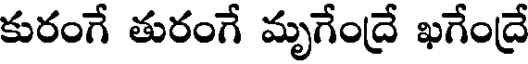
కురంగే తురంగే మృగేంద్రే ఖగేంద్రే